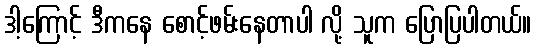
ဒါ့ကြောင့် ဒီကနေ စောင့်ဖမ်းနေတာပါ လို့ သူက ပြောပြပါတယ်။